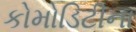
કોમોડિટીના